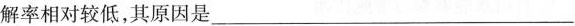
解率相对较低，其原因是___